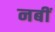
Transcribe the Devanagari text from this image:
नबीं